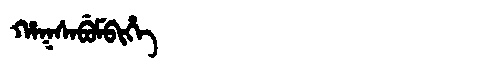
Manchu: ᡥᠠᡴᠰᠠᠪᡠᠮᠪᡳᡥᡝ
Romanization: HAKSABUMBIHE